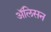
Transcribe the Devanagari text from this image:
अॅलिसन